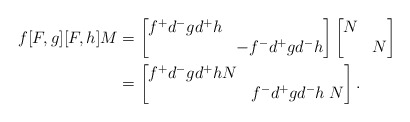
\begin{align*}f[F,g][F,h]M &= \begin{bmatrix} f^{+}d^{-}gd^{+}h & \\ & -f^{-}d^{+}gd^{-}h \end{bmatrix}\begin{bmatrix} N & \\ & N \end{bmatrix} \\ &= \begin{bmatrix} f^{+}d^{-}gd^{+}hN & \\ & f^{-}d^{+}gd^{-}h \; N\end{bmatrix}.\end{align*}